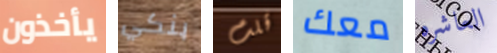
يأخذون بنكي قلت معك العاشره